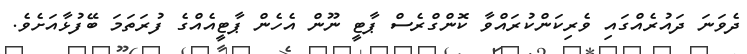
ދެވަނަ ދައުރެއްގައި ވެރިކަންކުރައްވާ ކޮންގްރެސް ޕާޓީ ނޫން އެހެން ޕާޓީއެއްގެ ފުރަތަމަ ބޭފުޅާއަށެވެ.